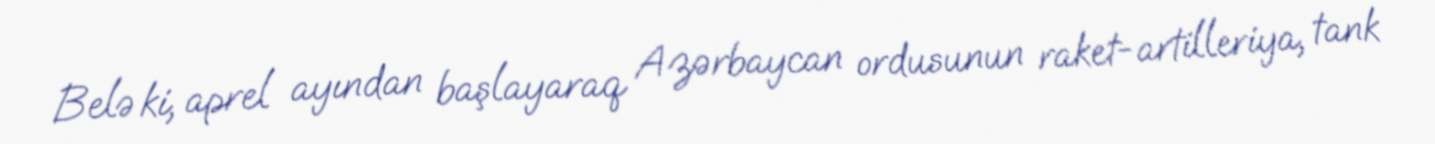
Belə ki, aprel ayından başlayaraq Azərbaycan ordusunun raket-artilleriya, tank